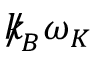
{ \slash \! \! \! k } _ { \! { B } } \omega _ { K }